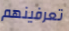
تعرفينهم